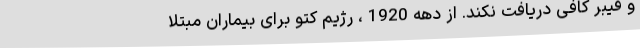
و فیبر کافی دریافت نکند. از دهه 1920 ، رژیم کتو برای بیماران مبتلا